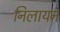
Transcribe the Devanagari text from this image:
निलायन